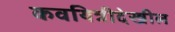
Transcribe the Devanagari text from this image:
कवयित्रीदेखील